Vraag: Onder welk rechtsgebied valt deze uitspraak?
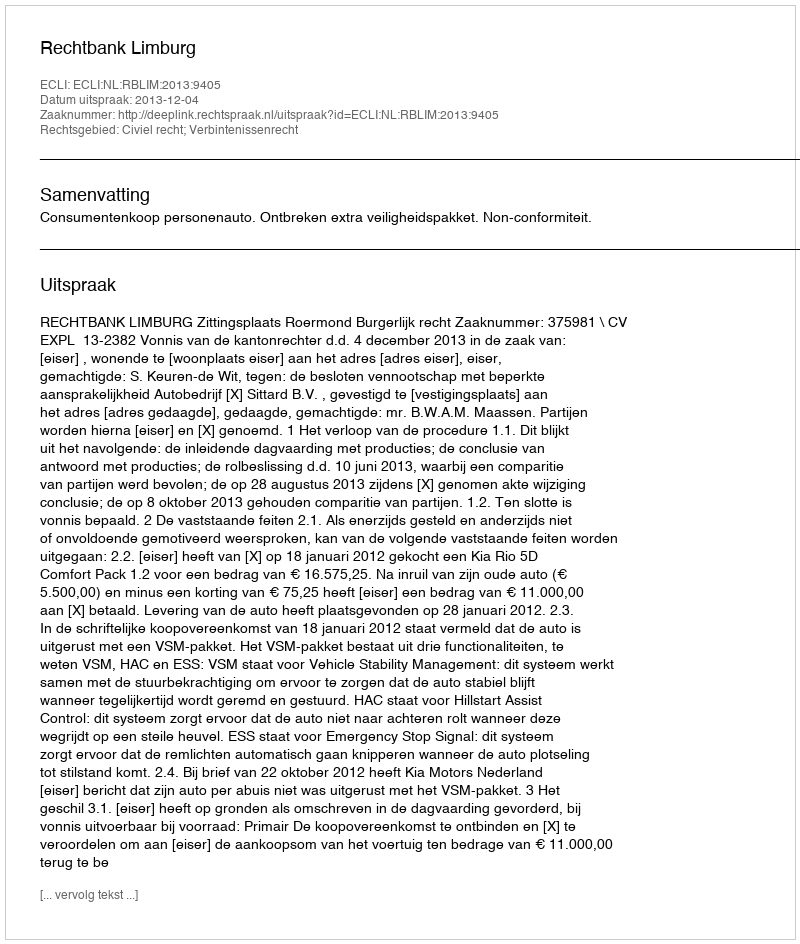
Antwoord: Civiel recht; Verbintenissenrecht